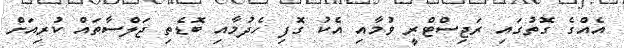
އެއްގެ ގޮތުގައި ރަޖިސްޓްރީ ވުމާއި އެކު ގޮފި ހެދުމާއި ބޮޑެތި ޖަލްސާތައް ކުރިއަށް